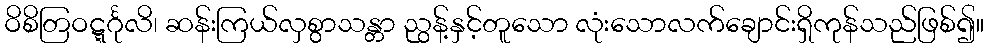
ဝိစိတြဝဋ္ဋင်္ဂုလိ၊ ဆန်းကြယ်လှစွာသန္တာ ညွန့်နှင့်တူသော လုံးသောလက်ချောင်းရှိကုန်သည်ဖြစ်၍။